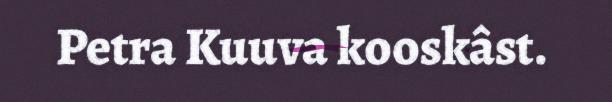
Petra Kuuva kooskâst.